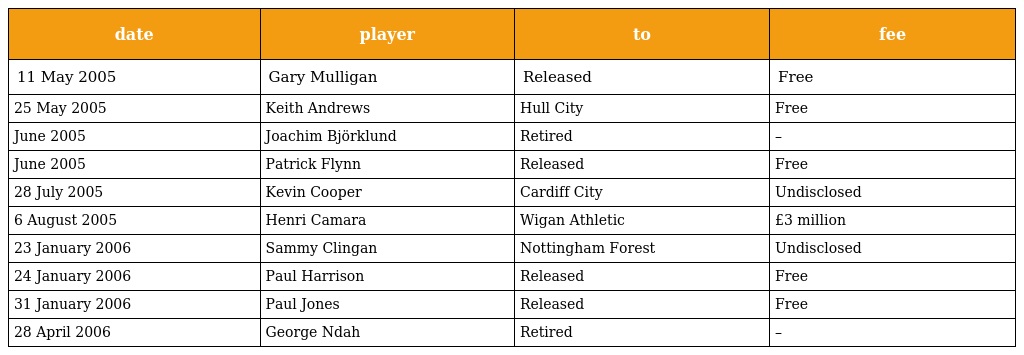
| date | player | to | fee |
 | --- | --- | --- | --- |
 | 11 May 2005 | Gary Mulligan | Released | Free |
 | 25 May 2005 | Keith Andrews | Hull City | Free |
 | June 2005 | Joachim Björklund | Retired | – |
 | June 2005 | Patrick Flynn | Released | Free |
 | 28 July 2005 | Kevin Cooper | Cardiff City | Undisclosed |
 | 6 August 2005 | Henri Camara | Wigan Athletic | £3 million |
 | 23 January 2006 | Sammy Clingan | Nottingham Forest | Undisclosed |
 | 24 January 2006 | Paul Harrison | Released | Free |
 | 31 January 2006 | Paul Jones | Released | Free |
 | 28 April 2006 | George Ndah | Retired | – |